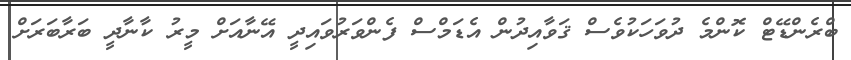
ބްރެންޑޭޓް ކޮންމެ ދުވަހަކުވެސް ޤަވާއިދުން އެޑަމްސް ފެންވަރުވައިދީ އޭނާއަށް މީރު ކާނާދީ ބަރާބަރަށް